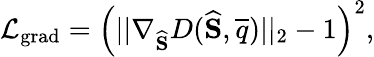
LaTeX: \mathcal{L}_{\mathrm{grad}}=\left(||\nabla_{\widehat{\mathbf{S}}}D(\widehat{\mathbf{S}},\overline{{q}})||_{2}-1\right)^{2},